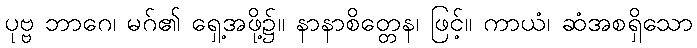
ပုဗ္ဗ ဘာဂေ၊ မဂ်၏ ရှေ့အဖို့၌။ နာနာစိတ္တေန၊ ဖြင့်။ ကာယံ၊ ဆံအစရှိသော